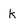
Character: k